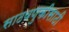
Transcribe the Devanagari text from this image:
साठवणुकीसाठी